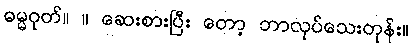
ဓမ္မဂုတ်။ ။ ဆေးစားပြီး တော့ ဘာလုပ်သေးတုန်း။